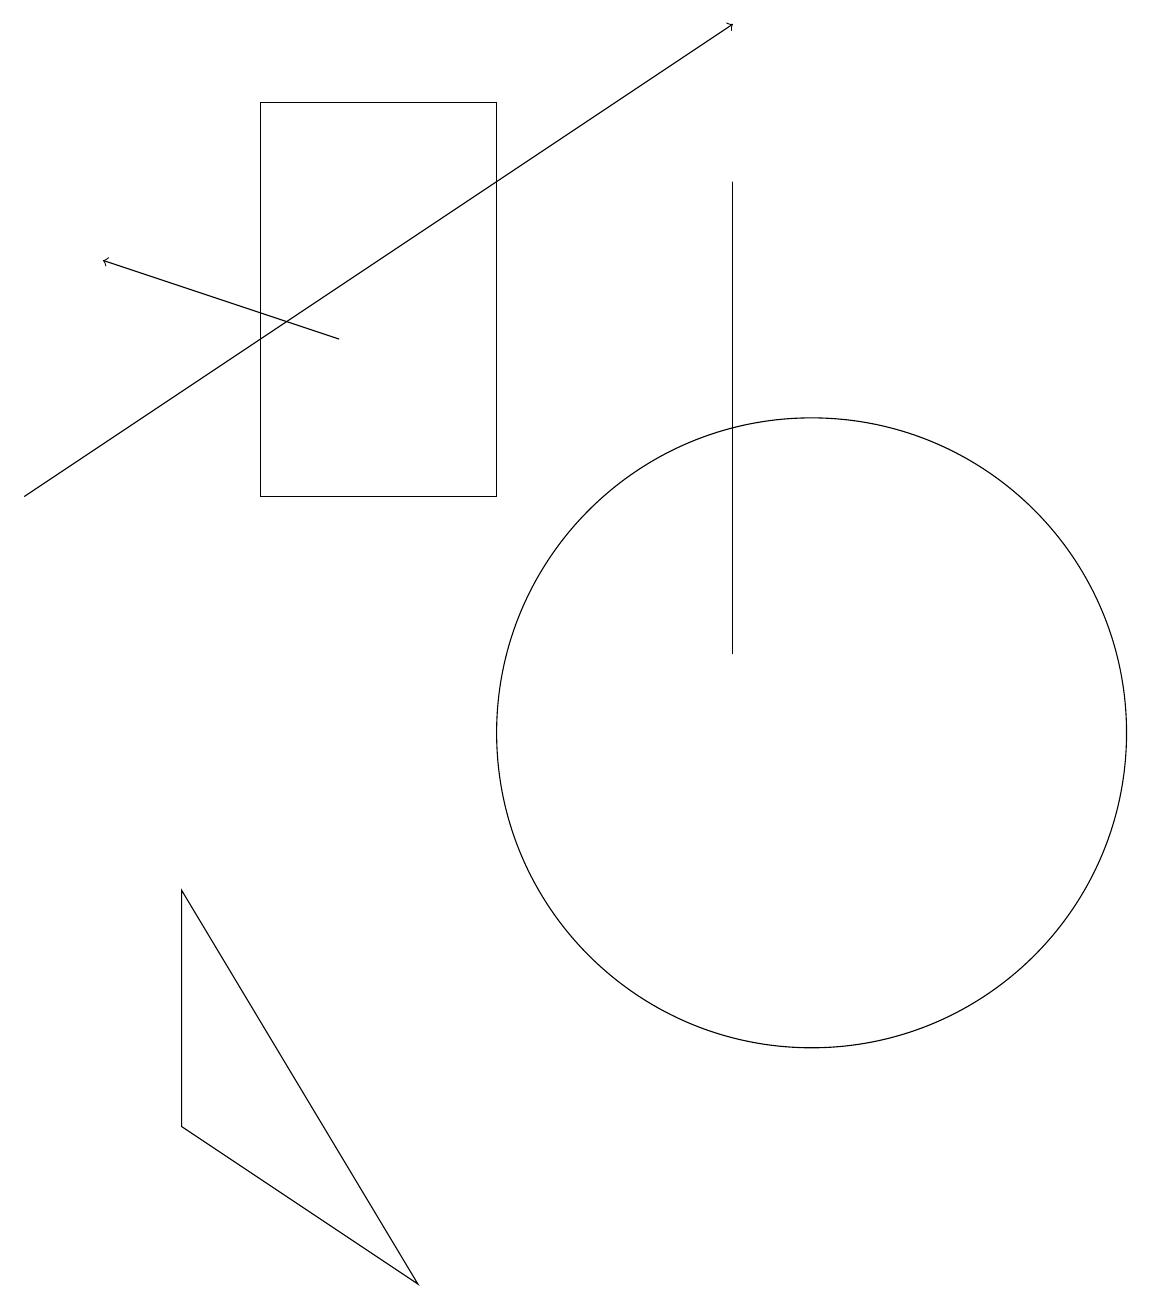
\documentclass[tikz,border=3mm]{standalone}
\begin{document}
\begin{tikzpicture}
\draw (2,5) -- (5,3) -- (2,8) -- cycle;
\draw (9,11) rectangle (9,17);
\draw (11,12) circle (0);
\draw (6,18) rectangle (3,13);
\draw[->] (0,13) -- (9,19);
\draw[->] (4,15) -- (1,16);
\draw (10,10) circle (4);
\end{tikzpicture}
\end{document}